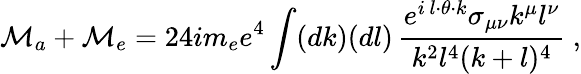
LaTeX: {\cal M}_{a}+{\cal M}_{e}=24im_{e}e^{4}\int(dk)(dl)\, \frac{e^{i\, l\cdot\theta\cdot k}\sigma_{\mu\nu}k^{\mu}l^{\nu}}{{k^{2}l^{4}(k+l)^{4}}}\ ,